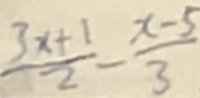
\frac { 3 x + 1 } { 2 } - \frac { x - 5 } { 3 }